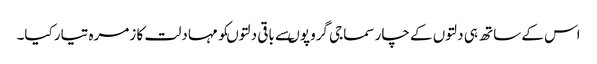
اس کے ساتھ ہی دلتوں کے چار سماجی گروپوںسے باقی دلتوںکو مہا دلت کا زمرہ تیار کیا۔